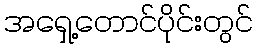
အရှေ့တောင်ပိုင်းတွင်